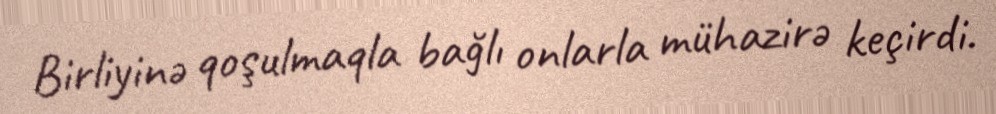
Birliyinə qoşulmaqla bağlı onlarla mühazirə keçirdi.